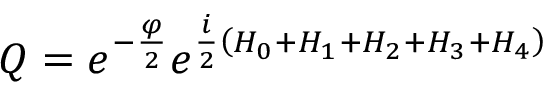
Q = e ^ { - { \frac { \varphi } { 2 } } } e ^ { { \frac { i } { 2 } } \left( H _ { 0 } + H _ { 1 } + H _ { 2 } + H _ { 3 } + H _ { 4 } \right) }